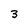
Character: 3